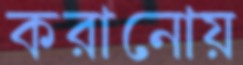
করানোয়